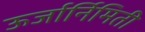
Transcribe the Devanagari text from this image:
ऊर्जार्निमिती